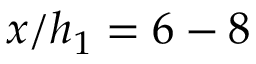
x / h _ { 1 } = 6 - 8